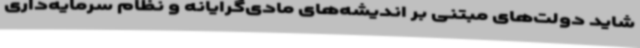
شاید دولت‌های مبتنی بر اندیشه‌های مادی‌گرایانه و نظام سرمایه‌داری